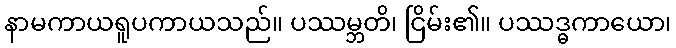
နာမကာယရူပကာယသည်။ ပဿမ္ဘတိ၊ ငြိမ်း၏။ ပဿဒ္ဓကာယော၊